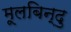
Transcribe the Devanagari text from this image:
मूलबिन्दु